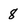
Character: 8